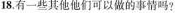
18.有一些其他他们可以做的事情吗?